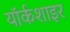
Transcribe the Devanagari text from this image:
यॉर्कशाइर